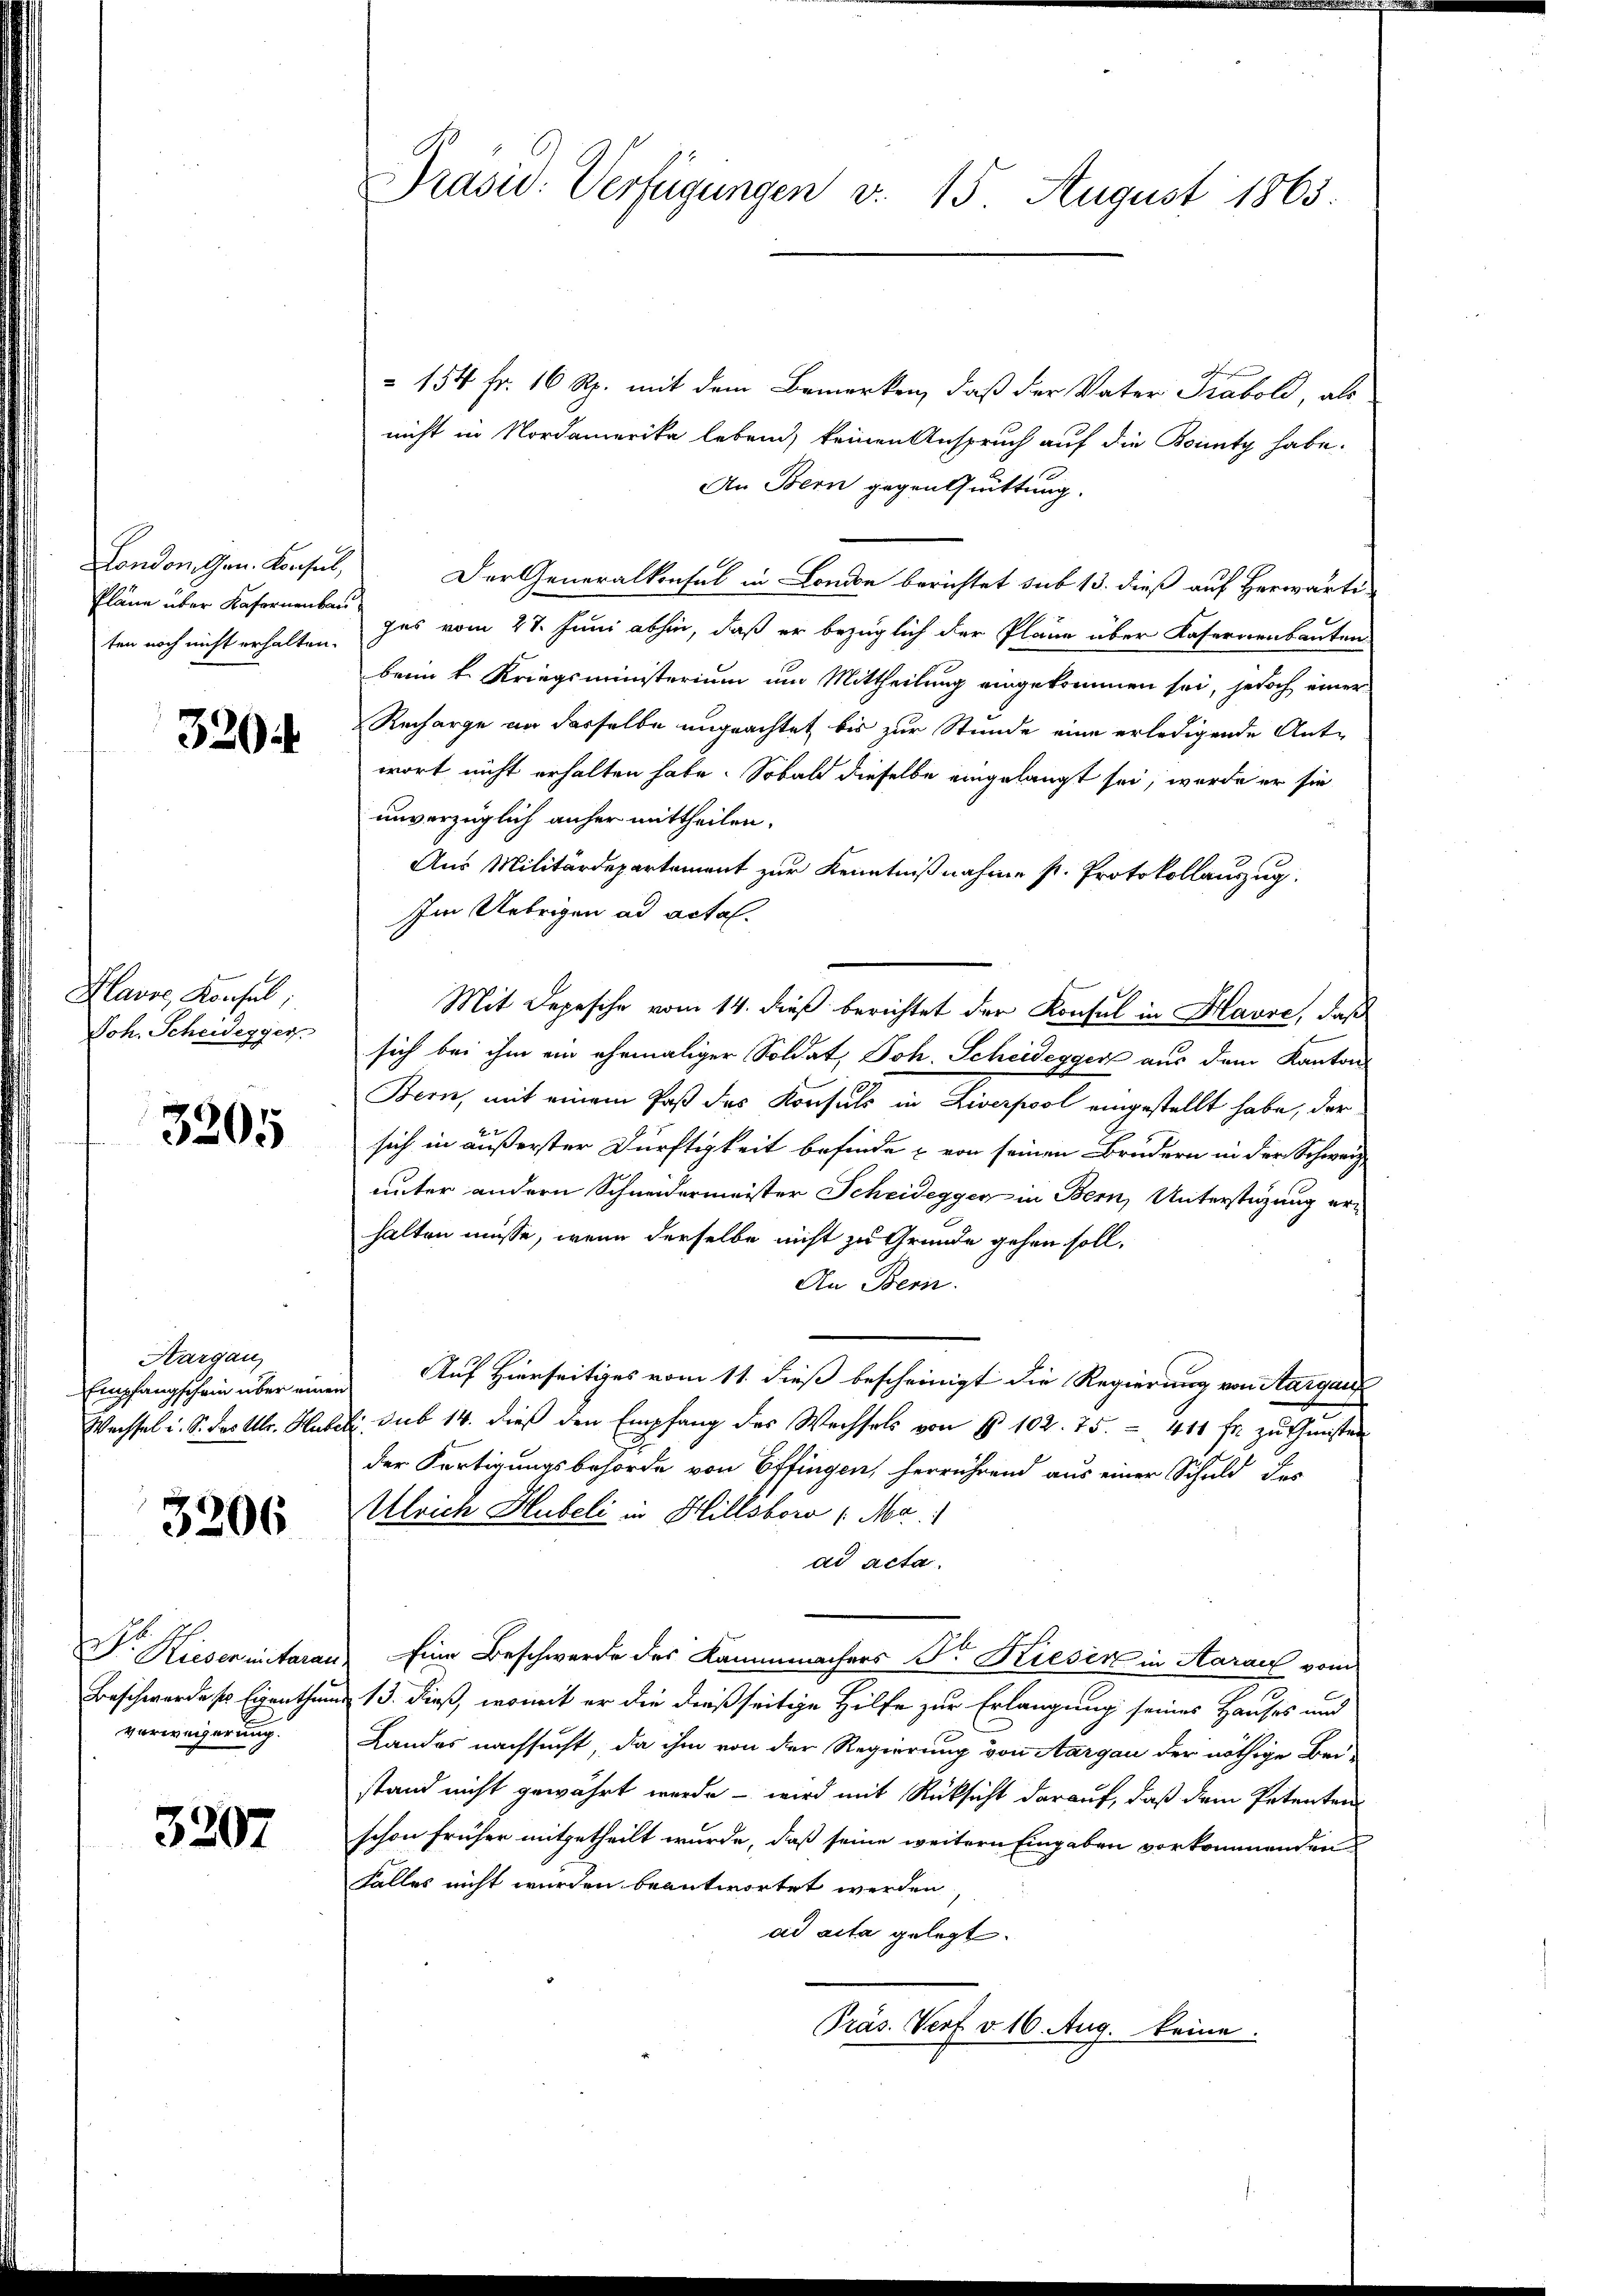
London. Gen. Konsul,
ten noch nicht erhalten.

320

Plavos, Konsul
Joh. Scheidegger

3205

Hargau,

3206

verweierung.

3207

154 Fr. 16 Rp. mit dem Bemerken, daß der Vater Trabold, als
nicht in Nordamerika lebend, keinen Anspruch auf die Bounty habe.
An Bern gegentuittung.
Der Generalkonsul in London berichtet sub 13. dieß auf Herwärti-
Pläne über Kasernenbar das vom 27. Juni abhin, daß er bezüglich der Pläne über Kasernenbauten
beim k. Kriegsministerium um Mittheilung eingekommen sei, jedoch einer
Recharge an dasselbe ungeachtet bis zur Stunde eine erledigende Ant-
wort nicht erhalten habe. Sobald dieselbe eingelangt sei, werde er sie
unverzüglich anher mittheilen.
Aus Militärdepartement zur Kenntnißnahme s. Protokollauszug.
Im Uebrigen ad acta.
Mit Depesche vom 14. dieß berichtet der Konsul in Havre, daß
sich bei ihm ein ehemaliger Soldat, Joh. Scheidegger aus dem Kanton
Bern, mit einem Paß des Konsuls in Liverpool eingestellt habe, der
sich in äußerster Dürftigkeit befinde & von seinen Brudern in der Schweiz
unter andern Schneidermeister Scheidegger in Bern, Unterstüzung erhalten müsse, wenn derselbe nicht zu Grunde gehen soll,
An Bern.
Empfangschein über einen Auf Hierseitiges vom 11. dieß bescheinigt die Regierung von Aargau
Wechsel u. S. das Ulr. Huber sub 14. dieβ den Empfang des Wechsels von § 102. 75. 411 fr zŭ Geisten
der Fertigungsbehörde von Effingen, herrührend aus einer Schuld des
Ulrich Hubeli in Hillsbora (Mer.
ad acta.
Dr. Hiesentarau Eine Beschwerde des Kammmachers Dr. Kiesen in Aarauf vom
Beschwerdes Eigenthum 13. dieß, womit er die dießseitige Hilfe zur Erlangung seines Hauses und
Landes nachsucht, da ihm von der Regierung von Aargau der nöthige Beistand nicht gewährt werde - wird mit Rücksicht darauf, daß dem Petenten
schon früher mitgetheilt wurde, daß seine weitern Eingaben vorkommenden
Falles nicht wurden beantwortet werden
ad acta gelegt.
Präs. Verf. v. 16. Aug. keine

PPräsid. Verfügungen v. 15 August 1863.